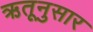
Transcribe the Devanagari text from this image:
ऋतूनुसार